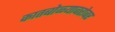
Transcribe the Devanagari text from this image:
कातबोळ्याबरोबर